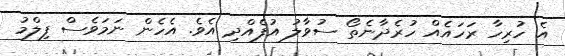
އެ ހުރިހާ ރަހައެއް ހުރެދާނެތޯ ސުވާލު އުފެއްދި އެވެ. އެހެން ނަމަވެސް ފިލްމު